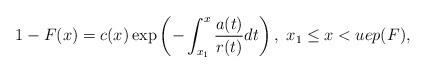
LaTeX: \begin{align*}1-F(x)=c(x) \exp \left( - \int_{x_1}^{x}\frac{a(t)}{r(t)} dt\right), \ x_1\leq x <uep(F), \end{align*}